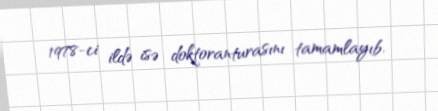
1978-ci ildə isə doktoranturasını tamamlayıb.